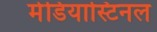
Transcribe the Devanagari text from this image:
मेडियास्टिनल